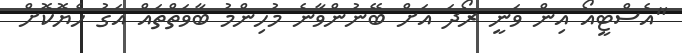
"އެސްޓީއޯ އިން ވަނީ ރޯދަ އަށް ބޭނުންވާނެ މުހިންމު ބާވަތްތައް އަގު ހެޔޮކޮށް